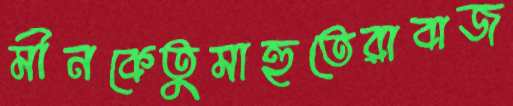
মীনকেতুমাহুতেরাবাজ